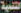
التنمية